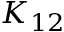
K _ { 1 2 }